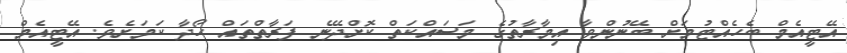
އޭޓީއެމް ބެހެއްޓުމަށް ބޭނުންވާ އިމާރާތުގެ މަސައްކަތް ކޮށްދޭނެ ފަރާތްތައް ހޯދާ ކަމަށެވެ. އޭޓީއެމް